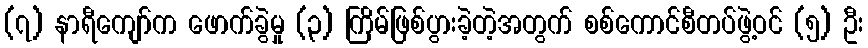
(၇) နာရီကျော်က ဖောက်ခွဲမှု (၃) ကြိမ်ဖြစ်ပွားခဲ့တဲ့အတွက် စစ်ကောင်စီတပ်ဖွဲ့ဝင် (၅) ဦး